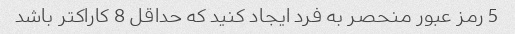
5 رمز عبور منحصر به فرد ایجاد کنید که حداقل 8 کاراکتر باشد